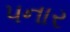
પનાર